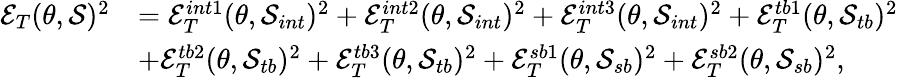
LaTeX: \begin{array}{rl}{\mathcal{E}_{T}(\theta,\mathcal{S})^{2}}&{=\mathcal{E}_{T}^{int1}(\theta,\mathcal{S}_{int})^{2}+\mathcal{E}_{T}^{int2}(\theta,\mathcal{S}_{int})^{2}+\mathcal{E}_{T}^{int3}(\theta,\mathcal{S}_{int})^{2}+\mathcal{E}_{T}^{tb1}(\theta,\mathcal{S}_{tb})^{2}}\\ &{+\mathcal{E}_{T}^{tb2}(\theta,\mathcal{S}_{tb})^{2}+\mathcal{E}_{T}^{tb3}(\theta,\mathcal{S}_{tb})^{2}+\mathcal{E}_{T}^{sb1}(\theta,\mathcal{S}_{sb})^{2}+\mathcal{E}_{T}^{sb2}(\theta,\mathcal{S}_{sb})^{2},}\end{array}